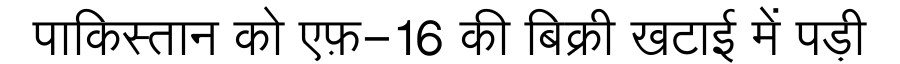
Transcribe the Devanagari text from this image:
पाकिस्तान को एफ़-16 की बिक्री खटाई में पड़ी